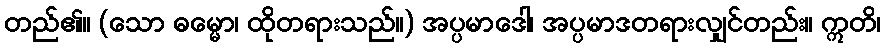
တည်၏။ (သော ဓမ္မော၊ ထိုတရားသည်။) အပ္ပမာဒေါ၊ အပ္ပမာဒတရားလျှင်တည်း။ ဣတိ၊